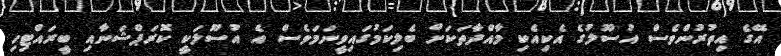
އޭގެ އިތުރުންވެސް އުސޫލުގެ އެކިއެކި މާއްދާތަކަށް ބެލިކަމުގައިވީނަމަވެސް އެ އުސޫލަކީ ކޮރަޕްޝަނާއި ބީރައްޓިހި